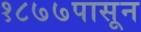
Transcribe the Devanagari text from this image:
१८७७पासून